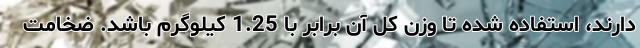
دارند، استفاده شده تا وزن کل آن برابر با 1.25 کیلوگرم باشد. ضخامت